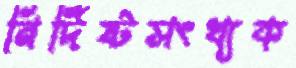
নির্দিষ্টসংখ্যক